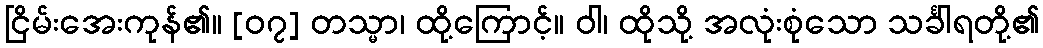
ငြိမ်းအေးကုန်၏။ [၀၇] တသ္မာ၊ ထို့ကြောင့်။ ဝါ၊ ထိုသို့ အလုံးစုံသော သင်္ခါရတို့၏